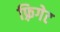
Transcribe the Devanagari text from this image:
फ़्रिगेट